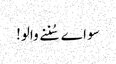
سو اے سُننے والو!